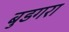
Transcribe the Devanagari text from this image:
बुडगरा